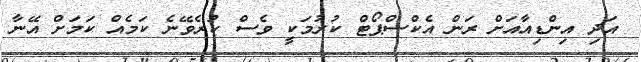
އަދި އިންޑިއާއަށް ރަން އެކްސްޕޯޓް ކުރުމަކީ ވެސް ކުރެވޭނެ ކަމެއް ކަމަށް އޭނާ